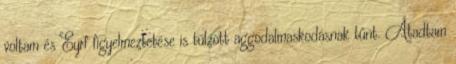
voltam és Eyrf figyelmeztetése is túlzott aggodalmaskodásnak tűnt. Átadtam